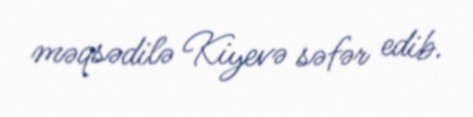
məqsədilə Kiyevə səfər edib.